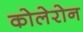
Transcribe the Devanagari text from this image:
कोलेरोन